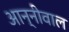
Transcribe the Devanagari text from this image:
आन्नीवाल